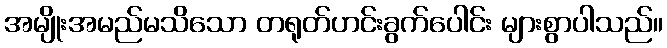
အမျိုးအမည်မသိသော တရုတ်ဟင်းခွက်ပေါင်း များစွာပါသည်။